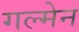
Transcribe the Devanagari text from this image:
गल्मेन